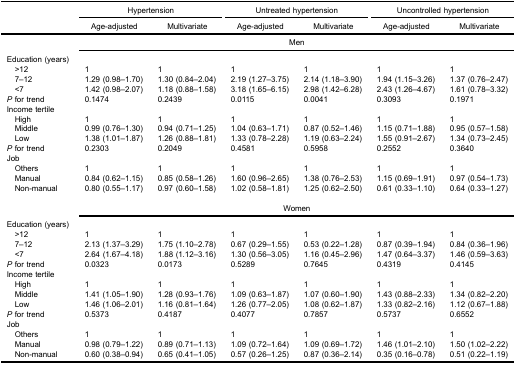
<table><thead><tr><td rowspan="3"><b> </b></td><td colspan="2"><b>Hypertension</b></td><td colspan="2"><b>Untreated hypertension</b></td><td colspan="2"><b>Uncontrolled hypertension</b></td></tr><tr><td><b>Age-adjusted</b></td><td><b>Multivariate</b></td><td><b>Age-adjusted</b></td><td><b>Multivariate</b></td><td><b>Age-adjusted</b></td><td><b>Multivariate</b></td></tr></thead><tbody><tr><td> </td><td colspan="6">Men</td></tr><tr><td>Education (years)</td><td colspan="6"> </td></tr><tr><td> &gt;12</td><td>1</td><td>1</td><td>1</td><td>1</td><td>1</td><td>1</td></tr><tr><td> 7–12</td><td>1.29 (0.98–1.70)</td><td>1.30 (0.84–2.04)</td><td>2.19 (1.27–3.75)</td><td>2.14 (1.18–3.90)</td><td>1.94 (1.15–3.26)</td><td>1.37 (0.76–2.47)</td></tr><tr><td> &lt;7</td><td>1.42 (0.98–2.07)</td><td>1.18 (0.88–1.58)</td><td>3.18 (1.65–6.15)</td><td>2.98 (1.42–6.28)</td><td>2.43 (1.26–4.67)</td><td>1.61 (0.78–3.32)</td></tr><tr><td><i>P</i> for trend</td><td>0.1474</td><td>0.2439</td><td>0.0115</td><td>0.0041</td><td>0.3093</td><td>0.1971</td></tr><tr><td>Income tertile</td><td colspan="6"> </td></tr><tr><td> High</td><td>1</td><td>1</td><td>1</td><td>1</td><td>1</td><td>1</td></tr><tr><td> Middle</td><td>0.99 (0.76–1.30)</td><td>0.94 (0.71–1.25)</td><td>1.04 (0.63–1.71)</td><td>0.87 (0.52–1.46)</td><td>1.15 (0.71–1.88)</td><td>0.95 (0.57–1.58)</td></tr><tr><td> Low</td><td>1.38 (1.01–1.87)</td><td>1.26 (0.88–1.81)</td><td>1.33 (0.78–2.28)</td><td>1.19 (0.63–2.24)</td><td>1.55 (0.91–2.67)</td><td>1.34 (0.73–2.45)</td></tr><tr><td><i>P</i> for trend</td><td>0.2303</td><td>0.2049</td><td>0.4581</td><td>0.5958</td><td>0.2552</td><td>0.3640</td></tr><tr><td>Job</td><td colspan="6"> </td></tr><tr><td> Others</td><td>1</td><td>1</td><td>1</td><td>1</td><td>1</td><td>1</td></tr><tr><td> Manual</td><td>0.84 (0.62–1.15)</td><td>0.85 (0.58–1.26)</td><td>1.60 (0.96–2.65)</td><td>1.38 (0.76–2.53)</td><td>1.15 (0.69–1.91)</td><td>0.97 (0.54–1.73)</td></tr><tr><td> Non-manual</td><td>0.80 (0.55–1.17)</td><td>0.97 (0.60–1.58)</td><td>1.02 (0.58–1.81)</td><td>1.25 (0.62–2.50)</td><td>0.61 (0.33–1.10)</td><td>0.64 (0.33–1.27)</td></tr><tr><td colspan="7"> </td></tr><tr><td> </td><td colspan="6">Women</td></tr><tr><td>Education (years)</td><td colspan="6"> </td></tr><tr><td> &gt;12</td><td>1</td><td>1</td><td>1</td><td>1</td><td>1</td><td>1</td></tr><tr><td> 7–12</td><td>2.13 (1.37–3.29)</td><td>1.75 (1.10–2.78)</td><td>0.67 (0.29–1.55)</td><td>0.53 (0.22–1.28)</td><td>0.87 (0.39–1.94)</td><td>0.84 (0.36–1.96)</td></tr><tr><td> &lt;7</td><td>2.64 (1.67–4.18)</td><td>1.88 (1.12–3.16)</td><td>1.30 (0.56–3.05)</td><td>1.16 (0.45–2.96)</td><td>1.47 (0.64–3.37)</td><td>1.46 (0.59–3.63)</td></tr><tr><td><i>P</i> for trend</td><td>0.0323</td><td>0.0173</td><td>0.5289</td><td>0.7645</td><td>0.4319</td><td>0.4145</td></tr><tr><td>Income tertile</td><td colspan="6"> </td></tr><tr><td> High</td><td>1</td><td>1</td><td>1</td><td>1</td><td>1</td><td>1</td></tr><tr><td> Middle</td><td>1.41 (1.05–1.90)</td><td>1.28 (0.93–1.76)</td><td>1.09 (0.63–1.87)</td><td>1.07 (0.60–1.90)</td><td>1.43 (0.88–2.33)</td><td>1.34 (0.82–2.20)</td></tr><tr><td> Low</td><td>1.46 (1.06–2.01)</td><td>1.16 (0.81–1.64)</td><td>1.26 (0.77–2.05)</td><td>1.08 (0.62–1.87)</td><td>1.33 (0.82–2.16)</td><td>1.12 (0.67–1.88)</td></tr><tr><td><i>P</i> for trend</td><td>0.5373</td><td>0.4187</td><td>0.4077</td><td>0.7857</td><td>0.5737</td><td>0.6552</td></tr><tr><td>Job</td><td colspan="6"> </td></tr><tr><td> Others</td><td>1</td><td>1</td><td>1</td><td>1</td><td>1</td><td>1</td></tr><tr><td> Manual</td><td>0.98 (0.79–1.22)</td><td>0.89 (0.71–1.13)</td><td>1.09 (0.72–1.64)</td><td>1.09 (0.69–1.72)</td><td>1.46 (1.01–2.10)</td><td>1.50 (1.02–2.22)</td></tr><tr><td> Non-manual</td><td>0.60 (0.38–0.94)</td><td>0.65 (0.41–1.05)</td><td>0.57 (0.26–1.25)</td><td>0.87 (0.36–2.14)</td><td>0.35 (0.16–0.78)</td><td>0.51 (0.22–1.19)</td></tr></tbody></table>